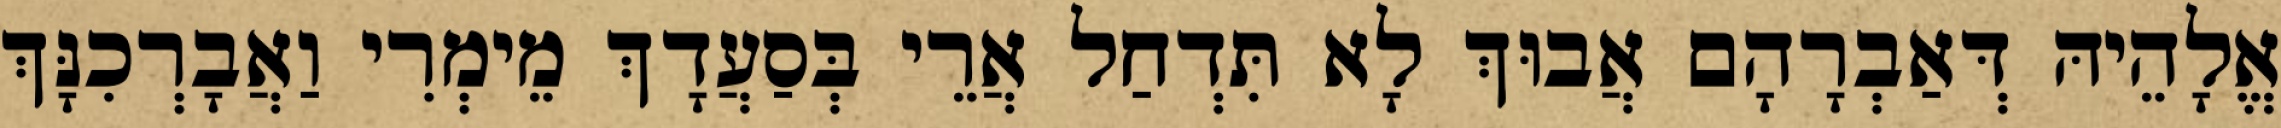
אֱלָהֵיהּ דְּאַבְרָהָם אֲבוּךְ לָא תִּדְחַל אֲרֵי בְּסַעֲדָךְ מֵימְרִי וַאֲבָרְכִנָּךְ